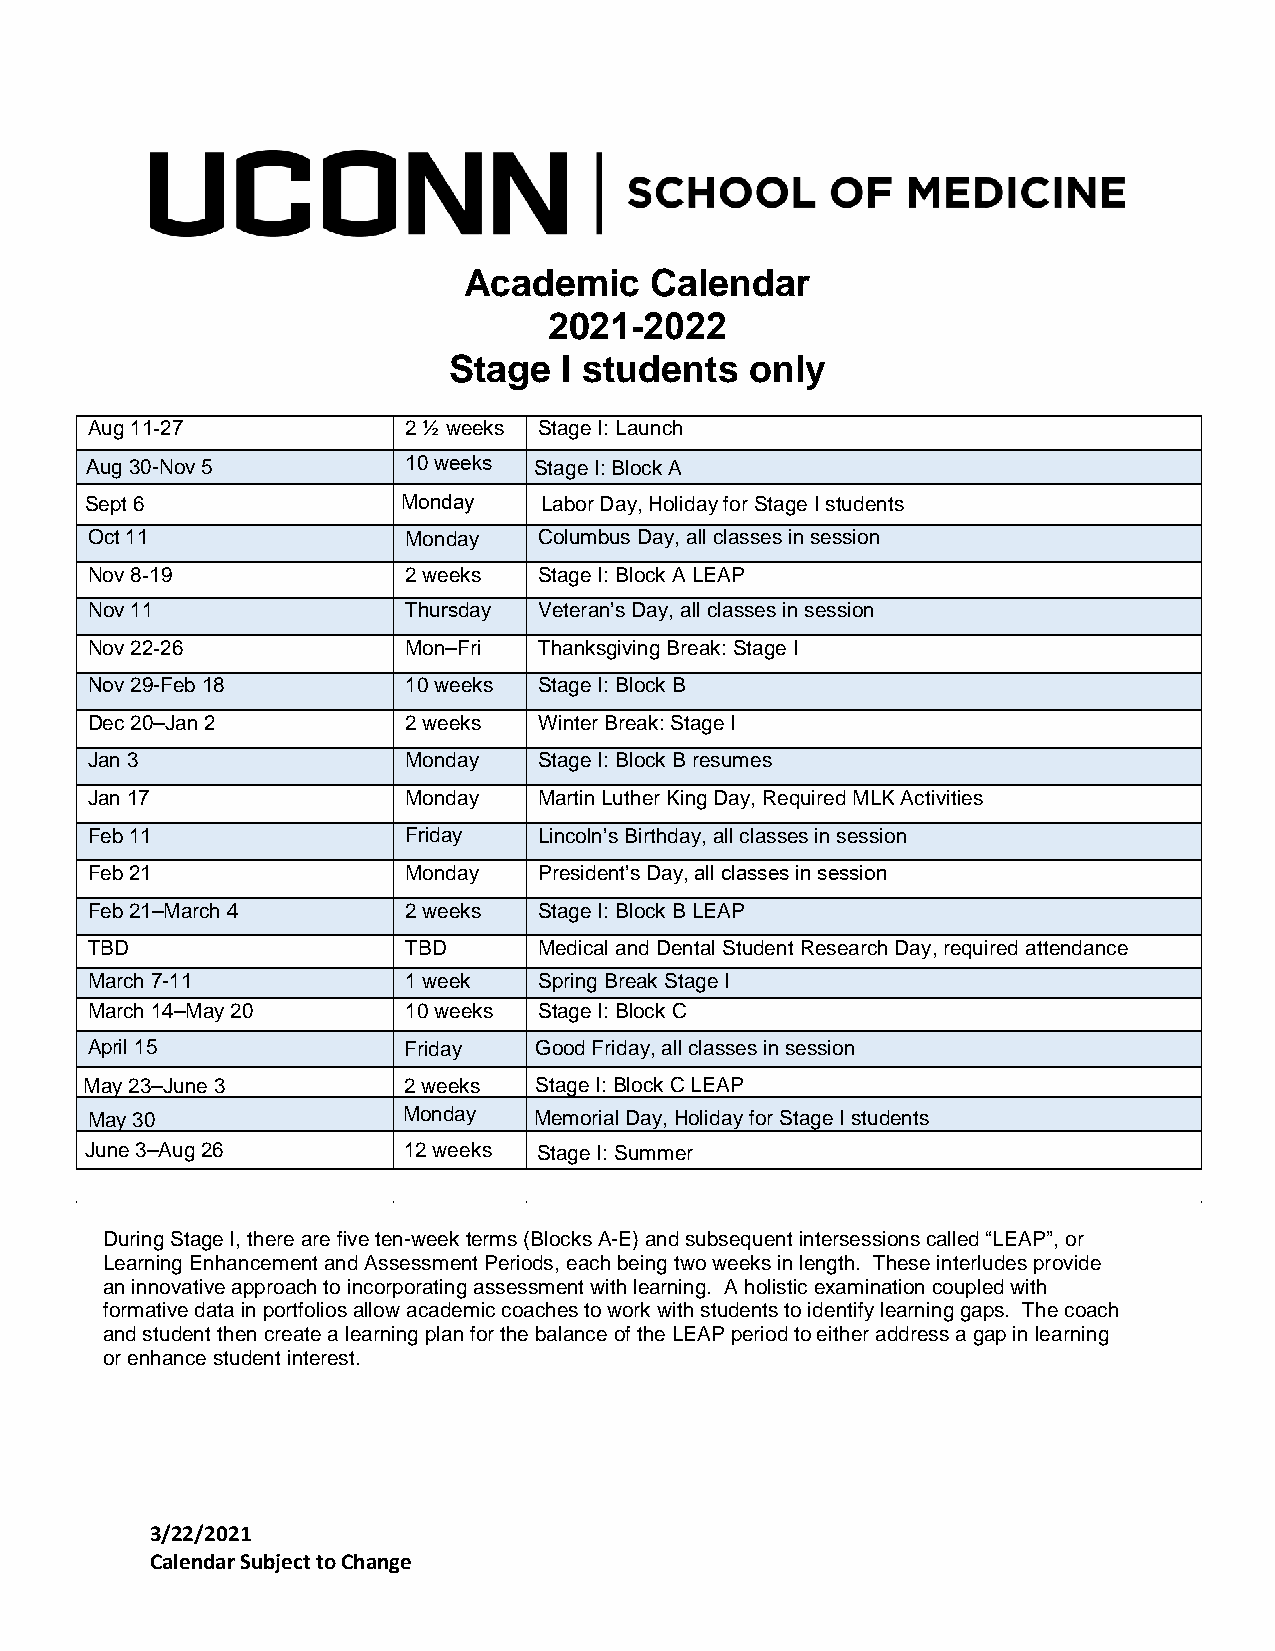
Academic    Calendar
 2021-2022
 Stage  I students   only
 Aug 11-27            2 ½ weeks Stage I: Launch
 Aug 30-Nov 5         10 weeks Stage I: Block A
 Sept 6               Monday   Labor Day, Holiday for Stage I students
 Oct 11               Monday   Columbus Day, all classes in session
 Nov 8-19             2 weeks  Stage I: Block A LEAP
 Nov 11               Thursday Veteran’s Day, all classes in session
 Nov 22-26            Mon–Fri  Thanksgiving Break: Stage I
 Nov 29-Feb 18        10 weeks Stage I: Block B
 Dec 20–Jan 2         2 weeks  Winter Break: Stage I
 Jan 3                Monday   Stage I: Block B resumes
 Jan 17               Monday   Martin Luther King Day, Required MLK Activities
 Feb 11               Friday   Lincoln’s Birthday, all classes in session
 Feb 21               Monday   President’s Day, all classes in session
 Feb 21–March 4       2 weeks  Stage I: Block B LEAP
 TBD                  TBD      Medical and Dental Student Research Day, required attendance
 March 7-11           1 week   Spring Break Stage I
 March 14–May 20      10 weeks Stage I: Block C
 April 15             Friday  Good Friday, all classes in session
 May 23–June 3        2 weeks Stage I: Block C LEAP
 May 30               Monday  Memorial Day, Holiday for Stage I students
 June 3–Aug 26        12 weeks Stage I: Summer
 During Stage I, there are five ten-week terms (Blocks A-E) and subsequent intersessions called “LEAP”, or
 Learning Enhancement and Assessment Periods, each being two weeks in length. These interludes provide
 an innovative approach to incorporating assessment with learning. A holistic examination coupled with
 formative data in portfolios allow academic coaches to work with students to identify learning gaps. The coach
 and student then create a learning plan for the balance of the LEAP period to either address a gap in learning
 or enhance student interest.
 3/22/2021
 Calendar Subject to Change